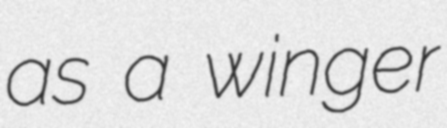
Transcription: as a winger